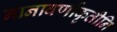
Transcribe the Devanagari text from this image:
नानावर्णाकृतीनि